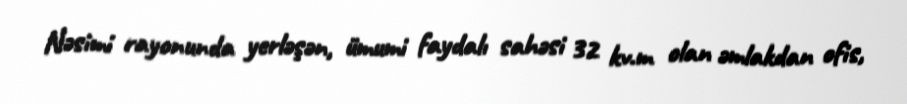
Nəsimi rayonunda yerləşən, ümumi faydalı sahəsi 32 kv.m olan əmlakdan ofis,